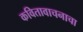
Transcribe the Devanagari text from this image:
कवितावाचनाचा